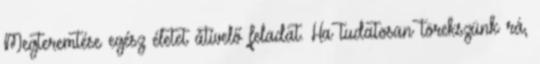
Megteremtése egész életet átívelő feladat. Ha tudatosan törekszünk rá,